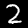
Digit: 2